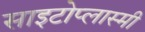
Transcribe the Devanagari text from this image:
साइटोप्लास्मी